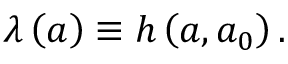
\lambda \left( a \right) \equiv h \left( a , a _ { 0 } \right) .